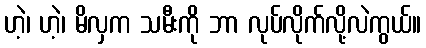
ဟဲ့၊ ဟဲ့၊ မိလှက သမီးကို ဘာ လုပ်လိုက်လို့လဲကွယ်။